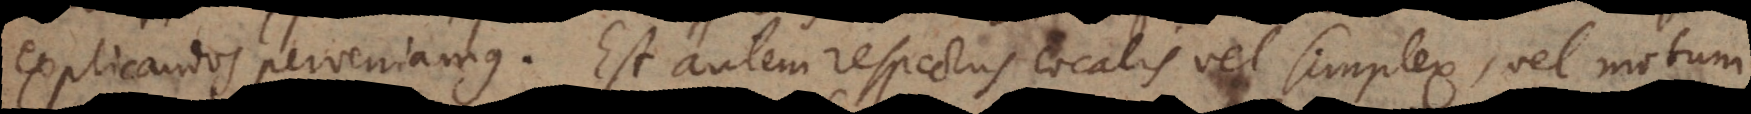
explicandos perveniamus. Est autem respectus localis vel simplex, vel motum